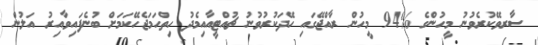
ސާރވޭކުރެވުނު މީހުންގެ %94 މީހުން ރާއްޖޭގައި ހޭދަކުރުވުނު ޗުއްޓީއާއިމެދު ހިތްހަމަޖެހޭކަމަށް ބުނެފައިވާއިރު އަލުން